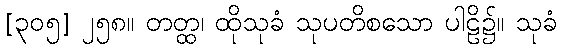
[၃၀၅] ၂၅၈။ တတ္ထ၊ ထိုသုခံ သုပတိစသော ပါဠိ၌။ သုခံ